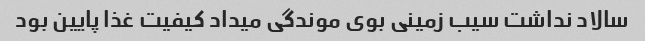
سالاد نداشت سیب زمینی بوی موندگی میداد کیفیت غذا پایین بود